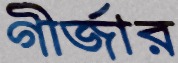
গীর্জার